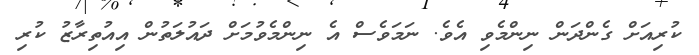
ކުރިއަށް ގެންދަން ނިންމެވި އެވެ. ނަމަވެސް އެ ނިންމެވުމަށް ދައުލަތުން އިއުތިރާޒު ކުރި